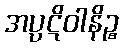
အပ္ပဋိဝါနိဉ္စ